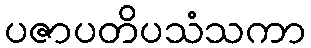
ပဇာပတိပသံသကာ